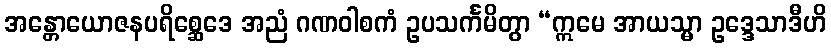
အန္တောယောဇနပရိစ္ဆေဒေ အညံ ဂဏဝါစကံ ဥပသင်္ကမိတွာ “ဣမေ အာယသ္မာ ဥဒ္ဒေသာဒီဟိ